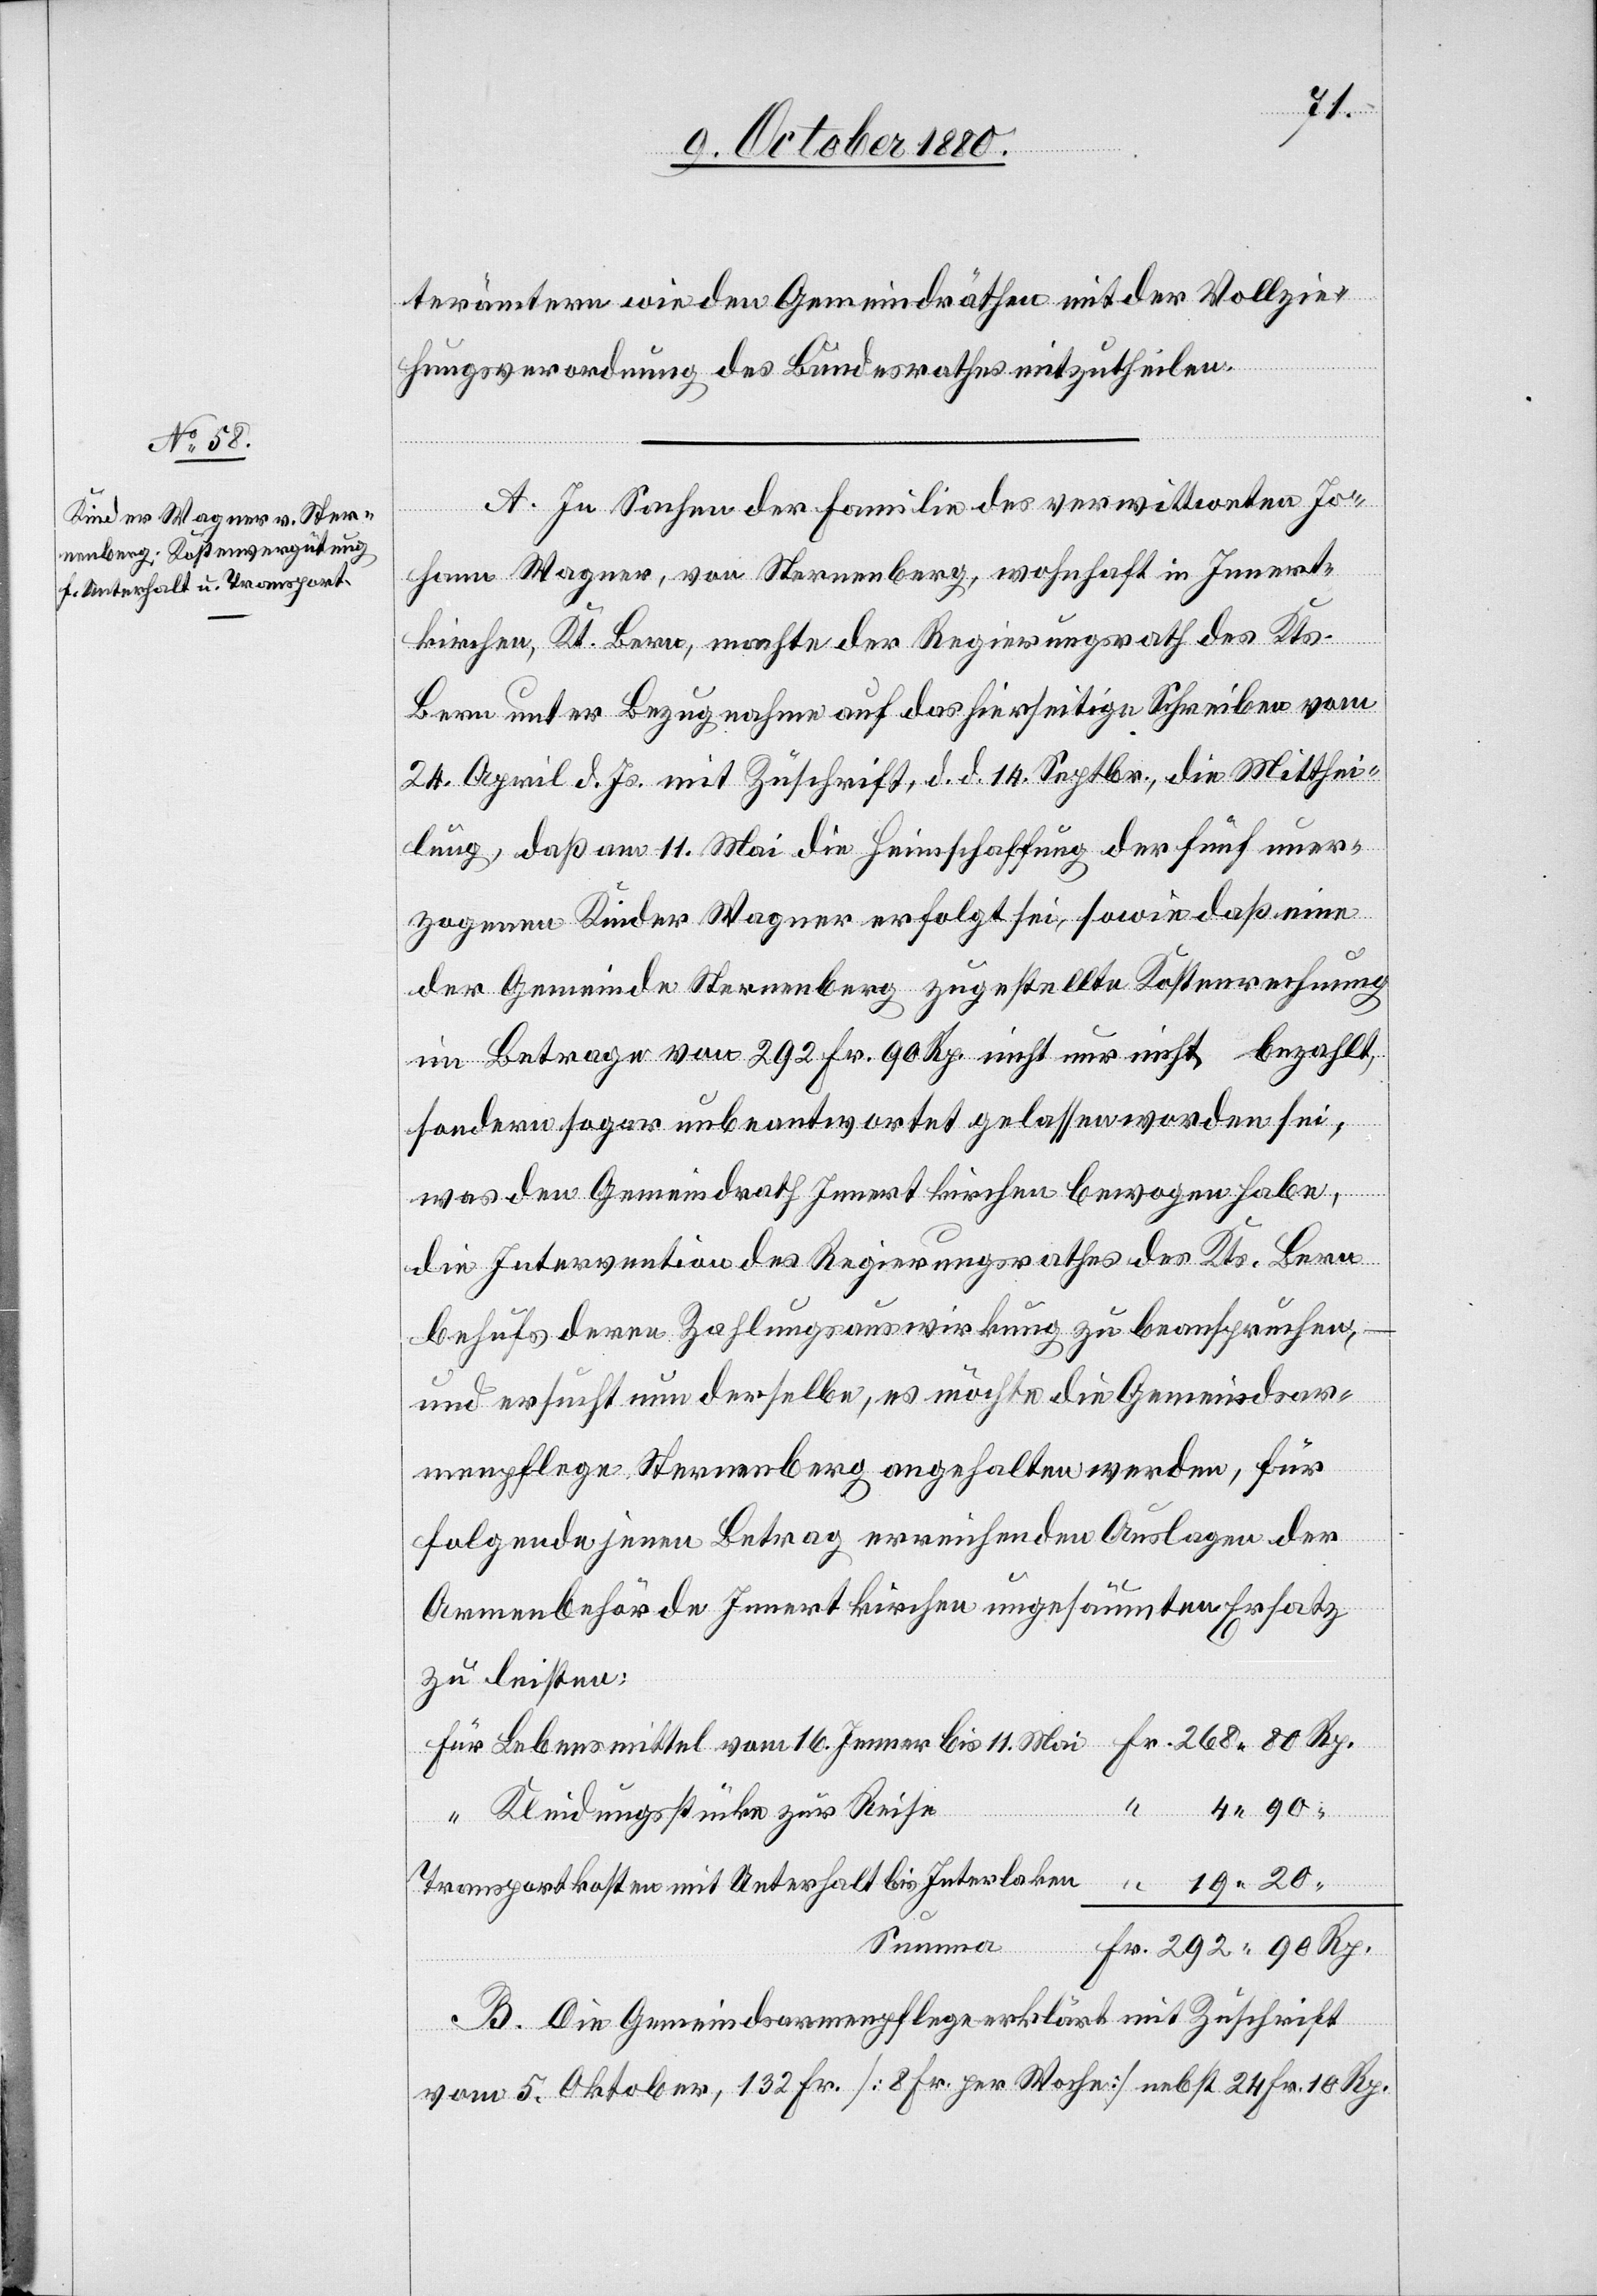
Rp.
terämtern wie den Gemeindräthen mit der Vollzie¬
hungsverordnung des Bundesrathes mitzutheilen.
A. In Sachen der Familie des verwittweten Jo¬
Jenner
hann Wagner, von Sternenberg, wohnhaft in Innert¬
kirchen, Kt. Bern, machte der Regierungsrath des Kts.
Bern unter Bezugnahme auf das hierseitige Schreiben vom
24. April d. Js. mit Zuschrift, d. d. 14. Septbr., die Mitthei¬
lung, daß am 11. Mai die Heimschaffung der fünf uner¬
zogenen Kinder Wagner erfolgt sei, sowie daß eine
80
der Gemeinde Sternenberg zugestellte Kostenrechnung
im Betrage von 292 Fr. 90 Rp. nicht nur nicht bezahlt,
sondern sogar unbeantwortet gelassen worden sei,
was den Gemeindrath Innertkirchen bewogen habe,
die Intervention des Regierungsrathes des Kts. Bern
behufs deren Zahlungsauswirkung zu beanspruchen,
und ersucht nun derselbe, es möchte die Gemeindsar¬
menpflege Sternenberg angehalten werde, für
folgende jenen Betrag erreichenden Auslagen der
Armenbehörde Innertkirchen ungesäumten Ersatz
zu leisten:
“
Kleidungsstücke zur Reise
Transportkosten mit Unterhalt bis Interlaken
Summa
Fr.
B. Die Gemeindsarmenpflege erklärt mit Zuschrift
vom 5. Oktober, 132 Fr. [8 Fr. per Woche] nebst 24 Fr. 10 Rp.